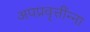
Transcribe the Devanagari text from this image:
अपप्रवृत्तींन्ना